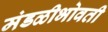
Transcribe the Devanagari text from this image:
मंडळीभोवती